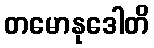
တမောနုဒေါတိ